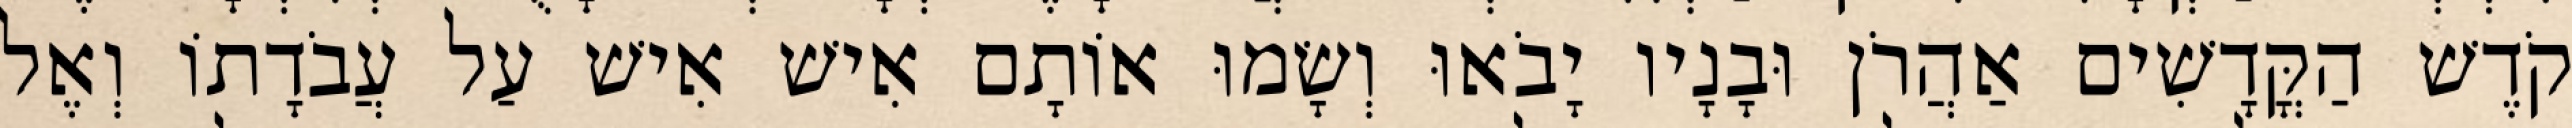
קֹדֶשׁ הַקֳּדָשִׁים אַהֲרֹן וּבָנָיו יָבֹאוּ וְשָׂמוּ אוֹתָם אִישׁ אִישׁ עַל עֲבֹדָתוֹ וְאֶל